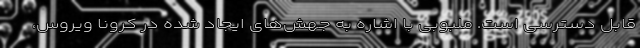
قابل دسترسی است. ملبوبی‌ با اشاره به جهش‌های ایجاد شده در کرونا ویروس،